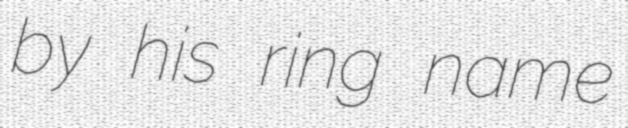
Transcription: by his ring name